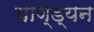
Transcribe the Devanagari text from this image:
पाण्ड्यन